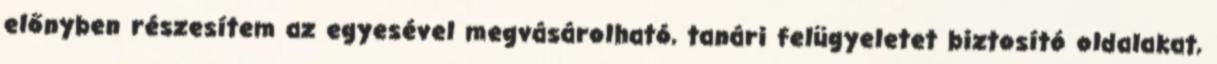
előnyben részesítem az egyesével megvásárolható, tanári felügyeletet biztosító oldalakat,